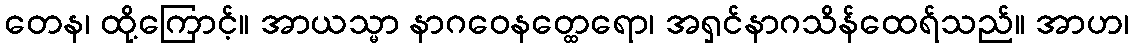
တေန၊ ထို့ကြောင့်။ အာယသ္မာ နာဂဝေနတ္ထေရော၊ အရှင်နာဂသိန်ထေရ်သည်။ အာဟ၊